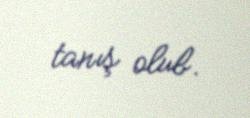
tanış olub.